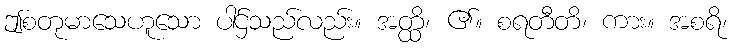
ဤစတုမာသေဟူသော ပါဌ်သည်လည်း။ အတ္ထိ၊ ၏။ စရတီတိ၊ ကား။ အစရိ၊